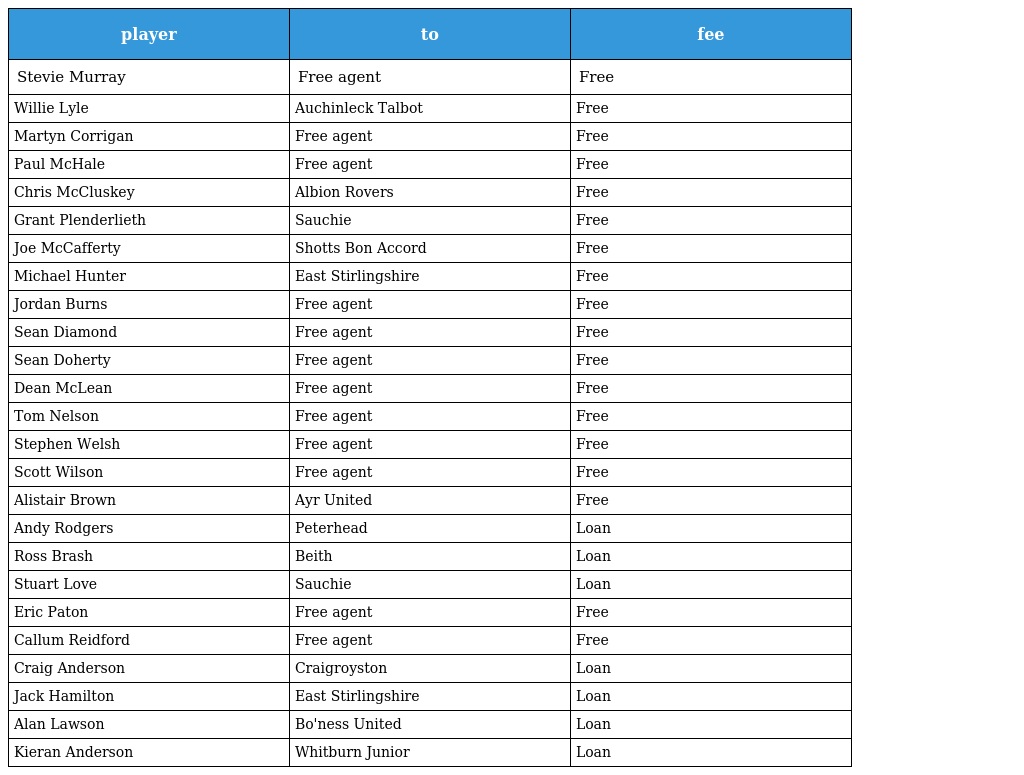
| player | to | fee |
 | --- | --- | --- |
 | Stevie Murray | Free agent | Free |
 | Willie Lyle | Auchinleck Talbot | Free |
 | Martyn Corrigan | Free agent | Free |
 | Paul McHale | Free agent | Free |
 | Chris McCluskey | Albion Rovers | Free |
 | Grant Plenderlieth | Sauchie | Free |
 | Joe McCafferty | Shotts Bon Accord | Free |
 | Michael Hunter | East Stirlingshire | Free |
 | Jordan Burns | Free agent | Free |
 | Sean Diamond | Free agent | Free |
 | Sean Doherty | Free agent | Free |
 | Dean McLean | Free agent | Free |
 | Tom Nelson | Free agent | Free |
 | Stephen Welsh | Free agent | Free |
 | Scott Wilson | Free agent | Free |
 | Alistair Brown | Ayr United | Free |
 | Andy Rodgers | Peterhead | Loan |
 | Ross Brash | Beith | Loan |
 | Stuart Love | Sauchie | Loan |
 | Eric Paton | Free agent | Free |
 | Callum Reidford | Free agent | Free |
 | Craig Anderson | Craigroyston | Loan |
 | Jack Hamilton | East Stirlingshire | Loan |
 | Alan Lawson | Bo'ness United | Loan |
 | Kieran Anderson | Whitburn Junior | Loan |